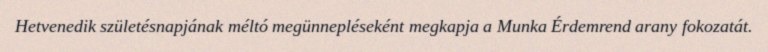
Hetvenedik születésnapjának méltó megünnepléseként megkapja a Munka Érdemrend arany fokozatát.